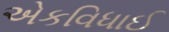
એકવિધાઈ